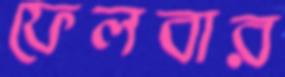
ফেলবার